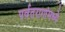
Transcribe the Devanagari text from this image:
पर्वतरागांमध्ये